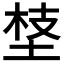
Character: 𡍁